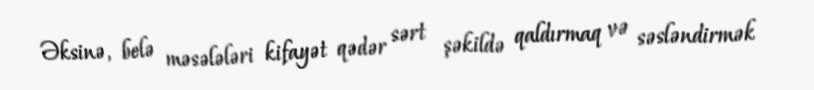
Əksinə, belə məsələləri kifayət qədər sərt şəkildə qaldırmaq və səsləndirmək